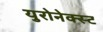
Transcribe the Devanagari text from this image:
युरोनेक्स्ट